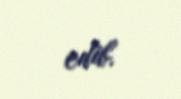
edib.